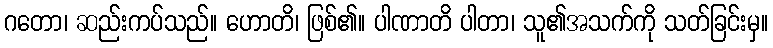
ဂတော၊ ဆည်းကပ်သည်။ ဟောတိ၊ ဖြစ်၏။ ပါဏာတိ ပါတာ၊ သူ၏အသက်ကို သတ်ခြင်းမှ။